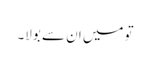
تو میں ان سے بولا۔